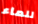
للماء